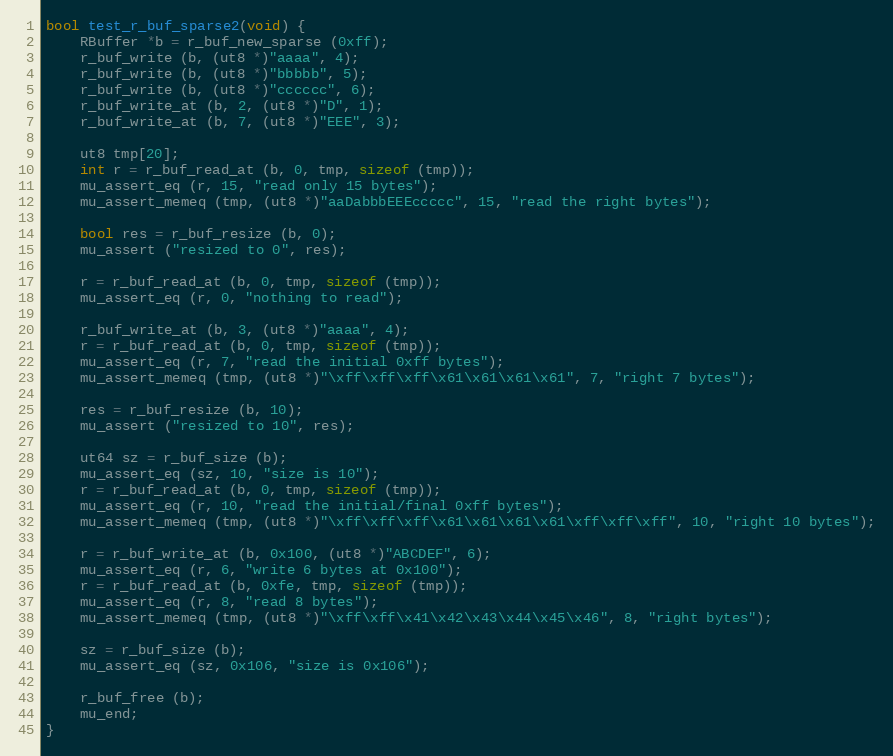
Language: C
bool test_r_buf_sparse2(void) {
	RBuffer *b = r_buf_new_sparse (0xff);
	r_buf_write (b, (ut8 *)"aaaa", 4);
	r_buf_write (b, (ut8 *)"bbbbb", 5);
	r_buf_write (b, (ut8 *)"cccccc", 6);
	r_buf_write_at (b, 2, (ut8 *)"D", 1);
	r_buf_write_at (b, 7, (ut8 *)"EEE", 3);

	ut8 tmp[20];
	int r = r_buf_read_at (b, 0, tmp, sizeof (tmp));
	mu_assert_eq (r, 15, "read only 15 bytes");
	mu_assert_memeq (tmp, (ut8 *)"aaDabbbEEEccccc", 15, "read the right bytes");

	bool res = r_buf_resize (b, 0);
	mu_assert ("resized to 0", res);

	r = r_buf_read_at (b, 0, tmp, sizeof (tmp));
	mu_assert_eq (r, 0, "nothing to read");

	r_buf_write_at (b, 3, (ut8 *)"aaaa", 4);
	r = r_buf_read_at (b, 0, tmp, sizeof (tmp));
	mu_assert_eq (r, 7, "read the initial 0xff bytes");
	mu_assert_memeq (tmp, (ut8 *)"\xff\xff\xff\x61\x61\x61\x61", 7, "right 7 bytes");

	res = r_buf_resize (b, 10);
	mu_assert ("resized to 10", res);

	ut64 sz = r_buf_size (b);
	mu_assert_eq (sz, 10, "size is 10");
	r = r_buf_read_at (b, 0, tmp, sizeof (tmp));
	mu_assert_eq (r, 10, "read the initial/final 0xff bytes");
	mu_assert_memeq (tmp, (ut8 *)"\xff\xff\xff\x61\x61\x61\x61\xff\xff\xff", 10, "right 10 bytes");

	r = r_buf_write_at (b, 0x100, (ut8 *)"ABCDEF", 6);
	mu_assert_eq (r, 6, "write 6 bytes at 0x100");
	r = r_buf_read_at (b, 0xfe, tmp, sizeof (tmp));
	mu_assert_eq (r, 8, "read 8 bytes");
	mu_assert_memeq (tmp, (ut8 *)"\xff\xff\x41\x42\x43\x44\x45\x46", 8, "right bytes");

	sz = r_buf_size (b);
	mu_assert_eq (sz, 0x106, "size is 0x106");

	r_buf_free (b);
	mu_end;
}